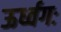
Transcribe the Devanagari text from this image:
ऊर्ध्वगः